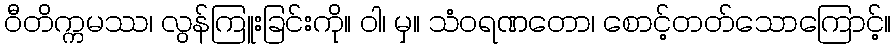
ဝီတိက္ကမဿ၊ လွန်ကြူးခြင်းကို။ ဝါ၊ မှ။ သံဝရဏတော၊ စောင့်တတ်သောကြောင့်။